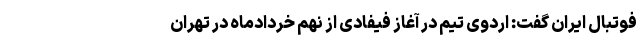
فوتبال ایران گفت: اردوی تیم در آغاز فیفادی از نهم خردادماه در تهران